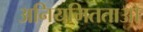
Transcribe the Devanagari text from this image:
अनियमितताओ